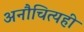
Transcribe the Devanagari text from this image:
अनौचित्यही